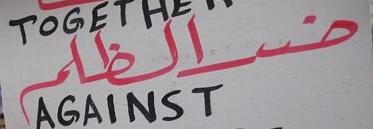
ضرالفار